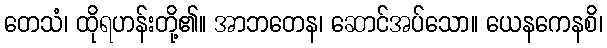
တေသံ၊ ထိုရဟန်းတို့၏။ အာဘတေန၊ ဆောင်အပ်သော။ ယေနကေနစိ၊